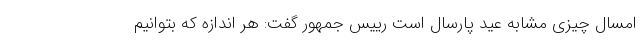
امسال چیزی مشابه عید پارسال است رییس جمهور گفت: هر اندازه که بتوانیم